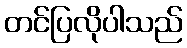
တင်ပြလိုပါသည်